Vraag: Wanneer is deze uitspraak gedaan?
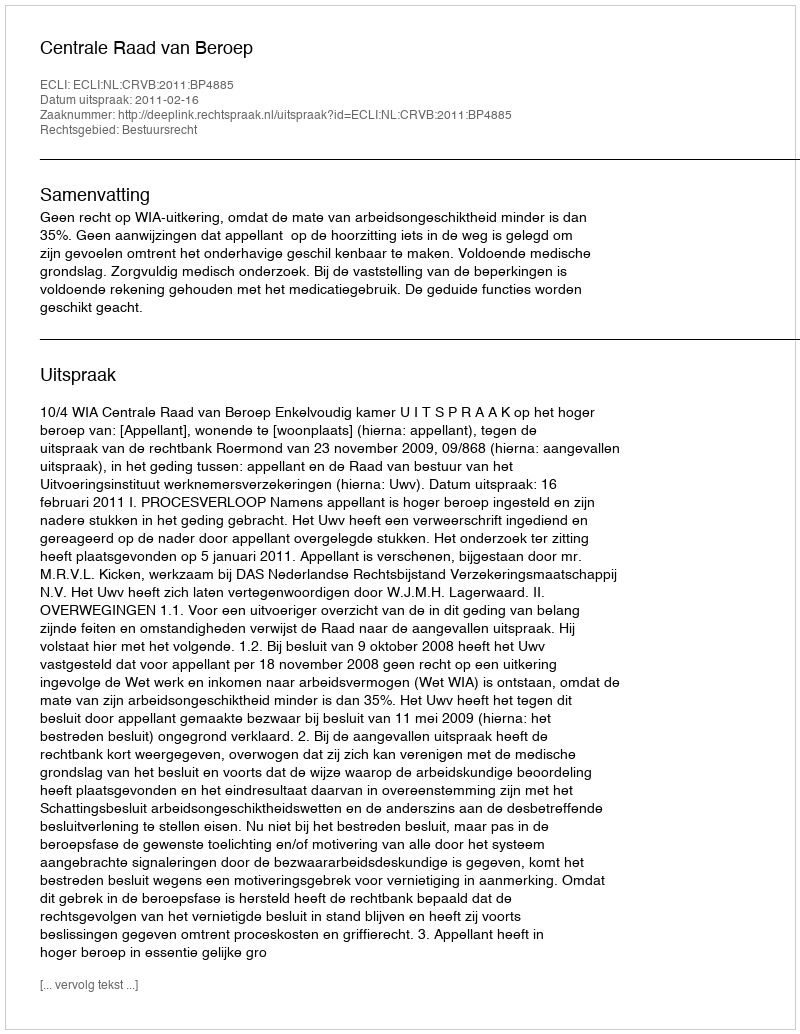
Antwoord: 2011-02-16